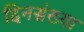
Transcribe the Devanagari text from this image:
दिनसंख्या